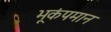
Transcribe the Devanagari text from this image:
भूकंपमान